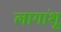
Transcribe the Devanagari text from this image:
लागांशू